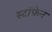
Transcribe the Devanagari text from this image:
स्टॉफेन